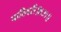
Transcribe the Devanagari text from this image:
पाठिवरी॥१३१॥